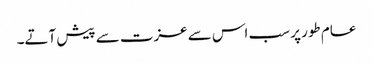
عام طور پر سب اس سے عزت سے پیش آتے۔